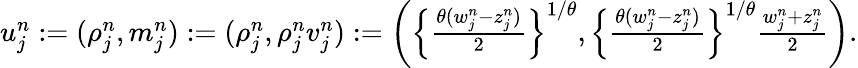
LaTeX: \begin{array}{r}{u_{j}^{n}:=(\rho_{j}^{n},m_{j}^{n}):=(\rho_{j}^{n},\rho_{j}^{n}v_{j}^{n}):=\left(\left\{ \frac{\theta(w_{j}^{n}-z_{j}^{n})}{2}\right\} ^{1/\theta},\left\{ \frac{\theta(w_{j}^{n}-z_{j}^{n})}{2}\right\} ^{1/\theta}\frac{w_{j}^{n}+z_{j}^{n}}{2}\right).}\end{array}